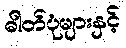
ဓါတ်ပုံများနှင့်